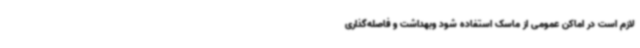
لازم است در اماکن عمومی از ماسک استفاده شود وبهداشت و فاصله‌گذاری